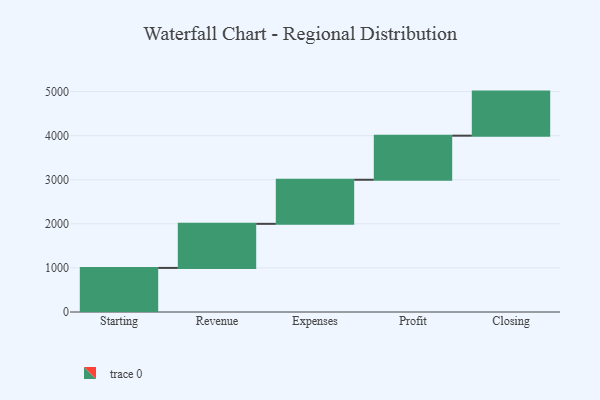
{"axis": {"x": "Step", "y": "Value"}, "legend": [""], "data": [{"x": "Starting", "y": 1000, "type": ""}, {"x": "Revenue", "y": 1000, "type": ""}, {"x": "Expenses", "y": 1000, "type": ""}, {"x": "Profit", "y": 1000, "type": ""}, {"x": "Closing", "y": 1000, "type": ""}]}